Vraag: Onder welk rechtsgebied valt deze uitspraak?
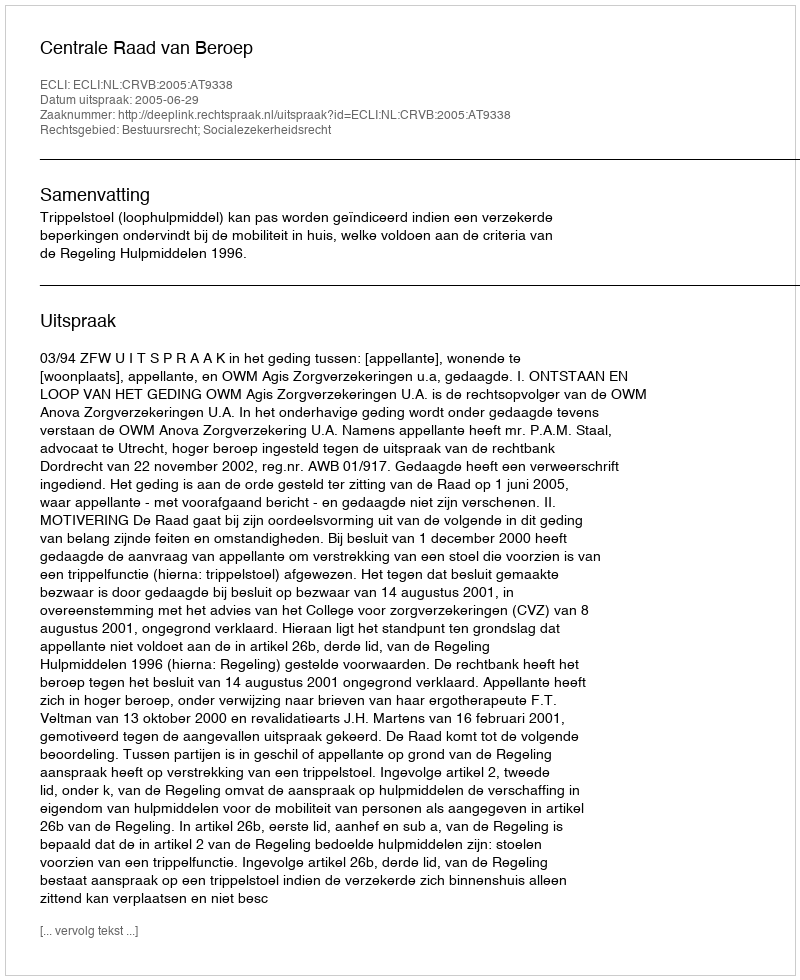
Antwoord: Bestuursrecht; Socialezekerheidsrecht